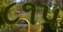
૮૧પ